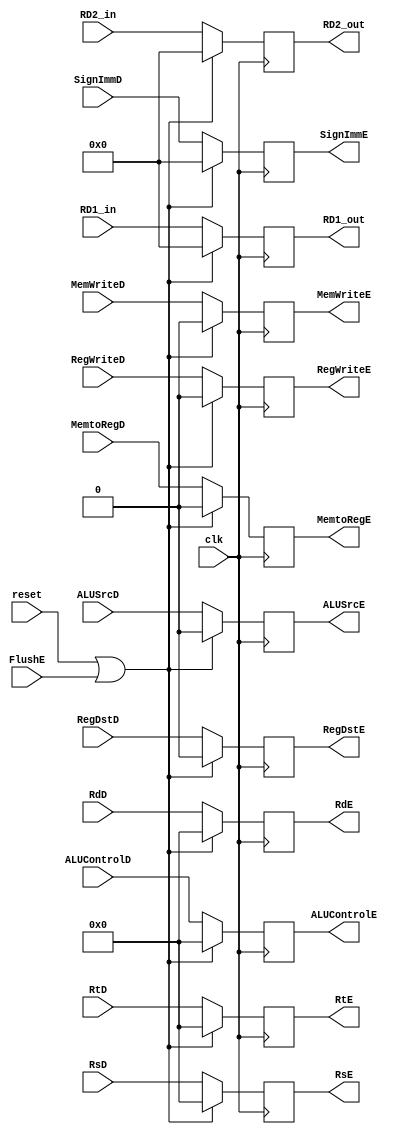
`timescale 1ns / 1ps

module PipRegDec_Ex(clk, reset, FlushE, RegWriteD, RegWriteE, MemtoRegD,
		 MemtoRegE, MemWriteD, MemWriteE, ALUControlD, ALUControlE, 
		 ALUSrcD, ALUSrcE, RegDstD, RegDstE, RD1_in, RD1_out, RD2_in,
		 RD2_out, RsD, RsE, RtD, RtE, RdE, RdD, SignImmE, SignImmD);
 
  input clk, reset, FlushE, RegWriteD, MemtoRegD, MemWriteD, ALUSrcD, RegDstD;
  input [4:0] ALUControlD, RsD, RtD, RdD;
  input [31:0] RD1_in, RD2_in, SignImmD;
  
  
  output reg RegWriteE, MemtoRegE, MemWriteE, ALUSrcE, RegDstE;
  output reg [4:0] ALUControlE, RsE, RtE, RdE;
  output reg [31:0] RD1_out, RD2_out, SignImmE;

  always @ (posedge clk) 
  begin
    if (reset || FlushE) 
	 begin
			RegWriteE <= 0;
			MemtoRegE <= 0;
			MemWriteE <= 0;
			ALUSrcE <= 0;
			RegDstE <= 0;
			ALUControlE <= 0;
			RD1_out <= 0;
			RD2_out <= 0;
			RsE <= 0;
			RtE <= 0;
			RdE <= 0;
			SignImmE <= 0;
    end
    else 
	 begin
			RegWriteE <= RegWriteD;
			MemtoRegE <= MemtoRegD;
			MemWriteE <= MemWriteD;
			ALUSrcE <= ALUSrcD;
			RegDstE <= RegDstD;
			ALUControlE <= ALUControlD;
			RD1_out <= RD1_in;
			RD2_out <= RD2_in;
			RsE <= RsD;
			RtE <= RtD;
			RdE <= RdD;
			SignImmE <= SignImmD;
    end
  end
endmodule